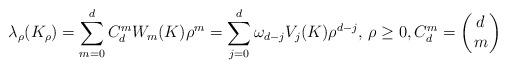
LaTeX: \begin{align*}\lambda_{\rho}(K_{\rho})=\sum_{m=0}^{d} C^m_d W_m(K) \rho^m=\sum_{j=0}^{d} \omega_{d-j} V_j(K) \rho^{d-j}, \, \rho \geq 0, C^m_d=\left( \!\! \begin{array}{c} d \\ m\end{array} \!\! \right)\end{align*}